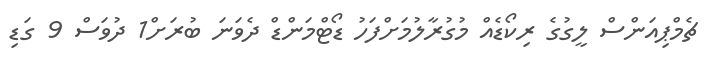
ޗެމްޕިއަންސް ލީގުގެ ރިކޯޑެއް މުގުރާލުމަށްފަހު ޑޯޓްމަންޑް ދެވަނަ ބުރަށް1 ދުވަސް 9 ގަޑި